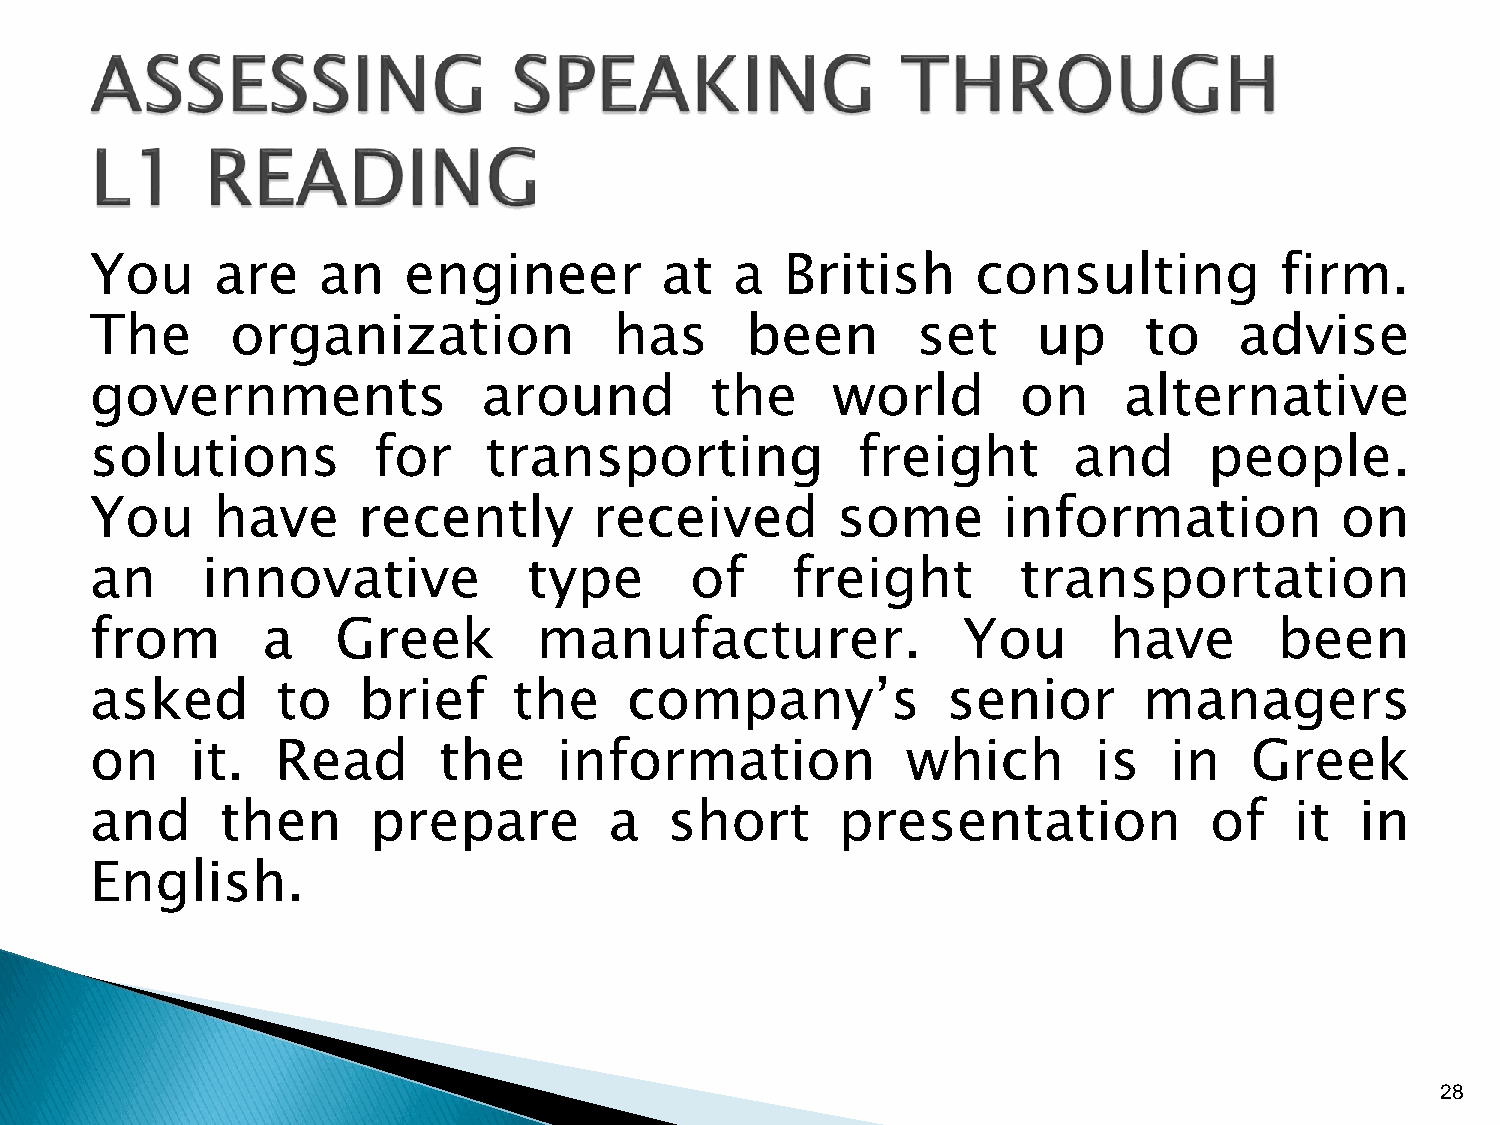
You     are    an    engineer         at   a  British      consulting          firm.
 The      organization              has     been        set     up     to    advise
 governments               around         the     world        on    alternative
 solutions          for    transporting             freight       and      people.
 You     have      recently       received        some       information            on
 an     innovative            type       of    freight         transportation
 from       a    Greek        manufacturer.                You      have        been
 asked       to    brief     the    company’s             senior       managers
 on     it.  Read       the     information            which       is   in    Greek
 and      then     prepare         a   short       presentation            of    it  in
 English.
 28